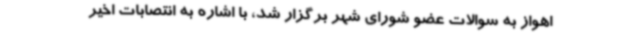
اهواز به سوالات عضو شورای شهر برگزار شد، با اشاره به انتصابات اخیر